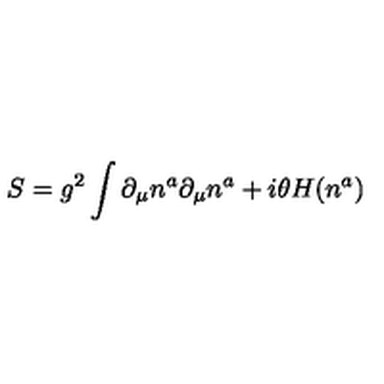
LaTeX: S = g ^ { 2 } \int \partial _ { \mu } n ^ { a } \partial _ { \mu } n ^ { a } + i \theta H ( n ^ { a } )